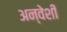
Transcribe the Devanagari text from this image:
अन्वेशी